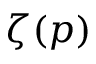
\zeta ( p )